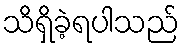
သိရှိခဲ့ရပါသည်